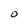
Character: O